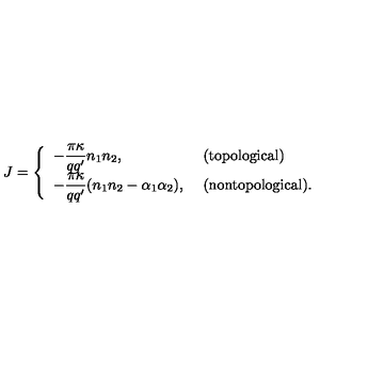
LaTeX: J = \left\{ \begin{array} { l l } { { \displaystyle - \frac { \pi \kappa } { q q ^ { \prime } } n _ { 1 } n _ { 2 } , } } & { \mathrm { ( t o p o l o g i c a l ) } } \\ { { \displaystyle - \frac { \pi \kappa } { q q ^ { \prime } } ( n _ { 1 } n _ { 2 } - \alpha _ { 1 } \alpha _ { 2 } ) , } \ } & { \mathrm { ( n o n t o p o l o g i c a l ) } . } \\ \end{array} \right.